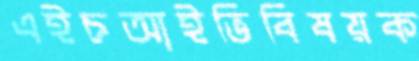
এইচআইভিবিষয়ক